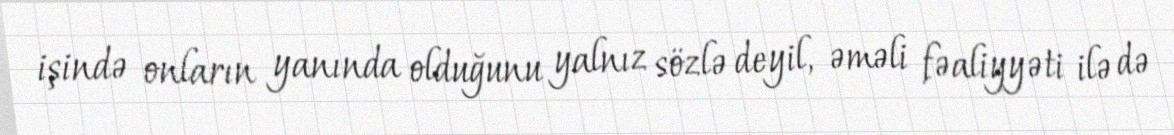
işində onların yanında olduğunu yalnız sözlə deyil, əməli fəaliyyəti ilə də